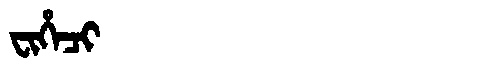
Manchu: ᠸᡳᡥᡝᠴᡳ
Romanization: FIHECI